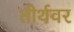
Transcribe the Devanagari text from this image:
तीर्थवर